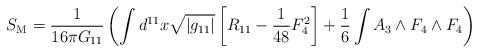
LaTeX: \begin{align*}S_{\rm M}= \frac{1}{16\pi G_{11}} \left( \int d^{11}x \sqrt{|g_{11}|} \left[ R_{11} -\frac{1}{48}F_4^2 \right] +\frac{1}{6} \int A_3 \wedge F_4 \wedge F_4 \right)\end{align*}